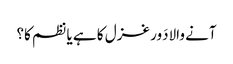
آنے والادَور غزل کا ہے یا نظم کا؟